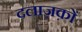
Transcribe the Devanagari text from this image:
दलाज़क़ों